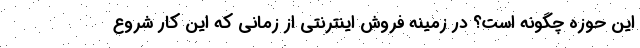
این حوزه چگونه است؟ در زمینه فروش اینترنتی از زمانی که این کار شروع